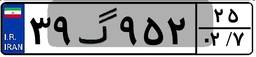
۳۹گ۹۵۲۲۵